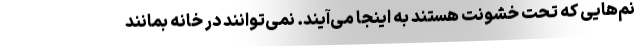
نم‌هایی که تحت خشونت هستند به اینجا می‌آیند. نمی‌توانند در خانه بمانند